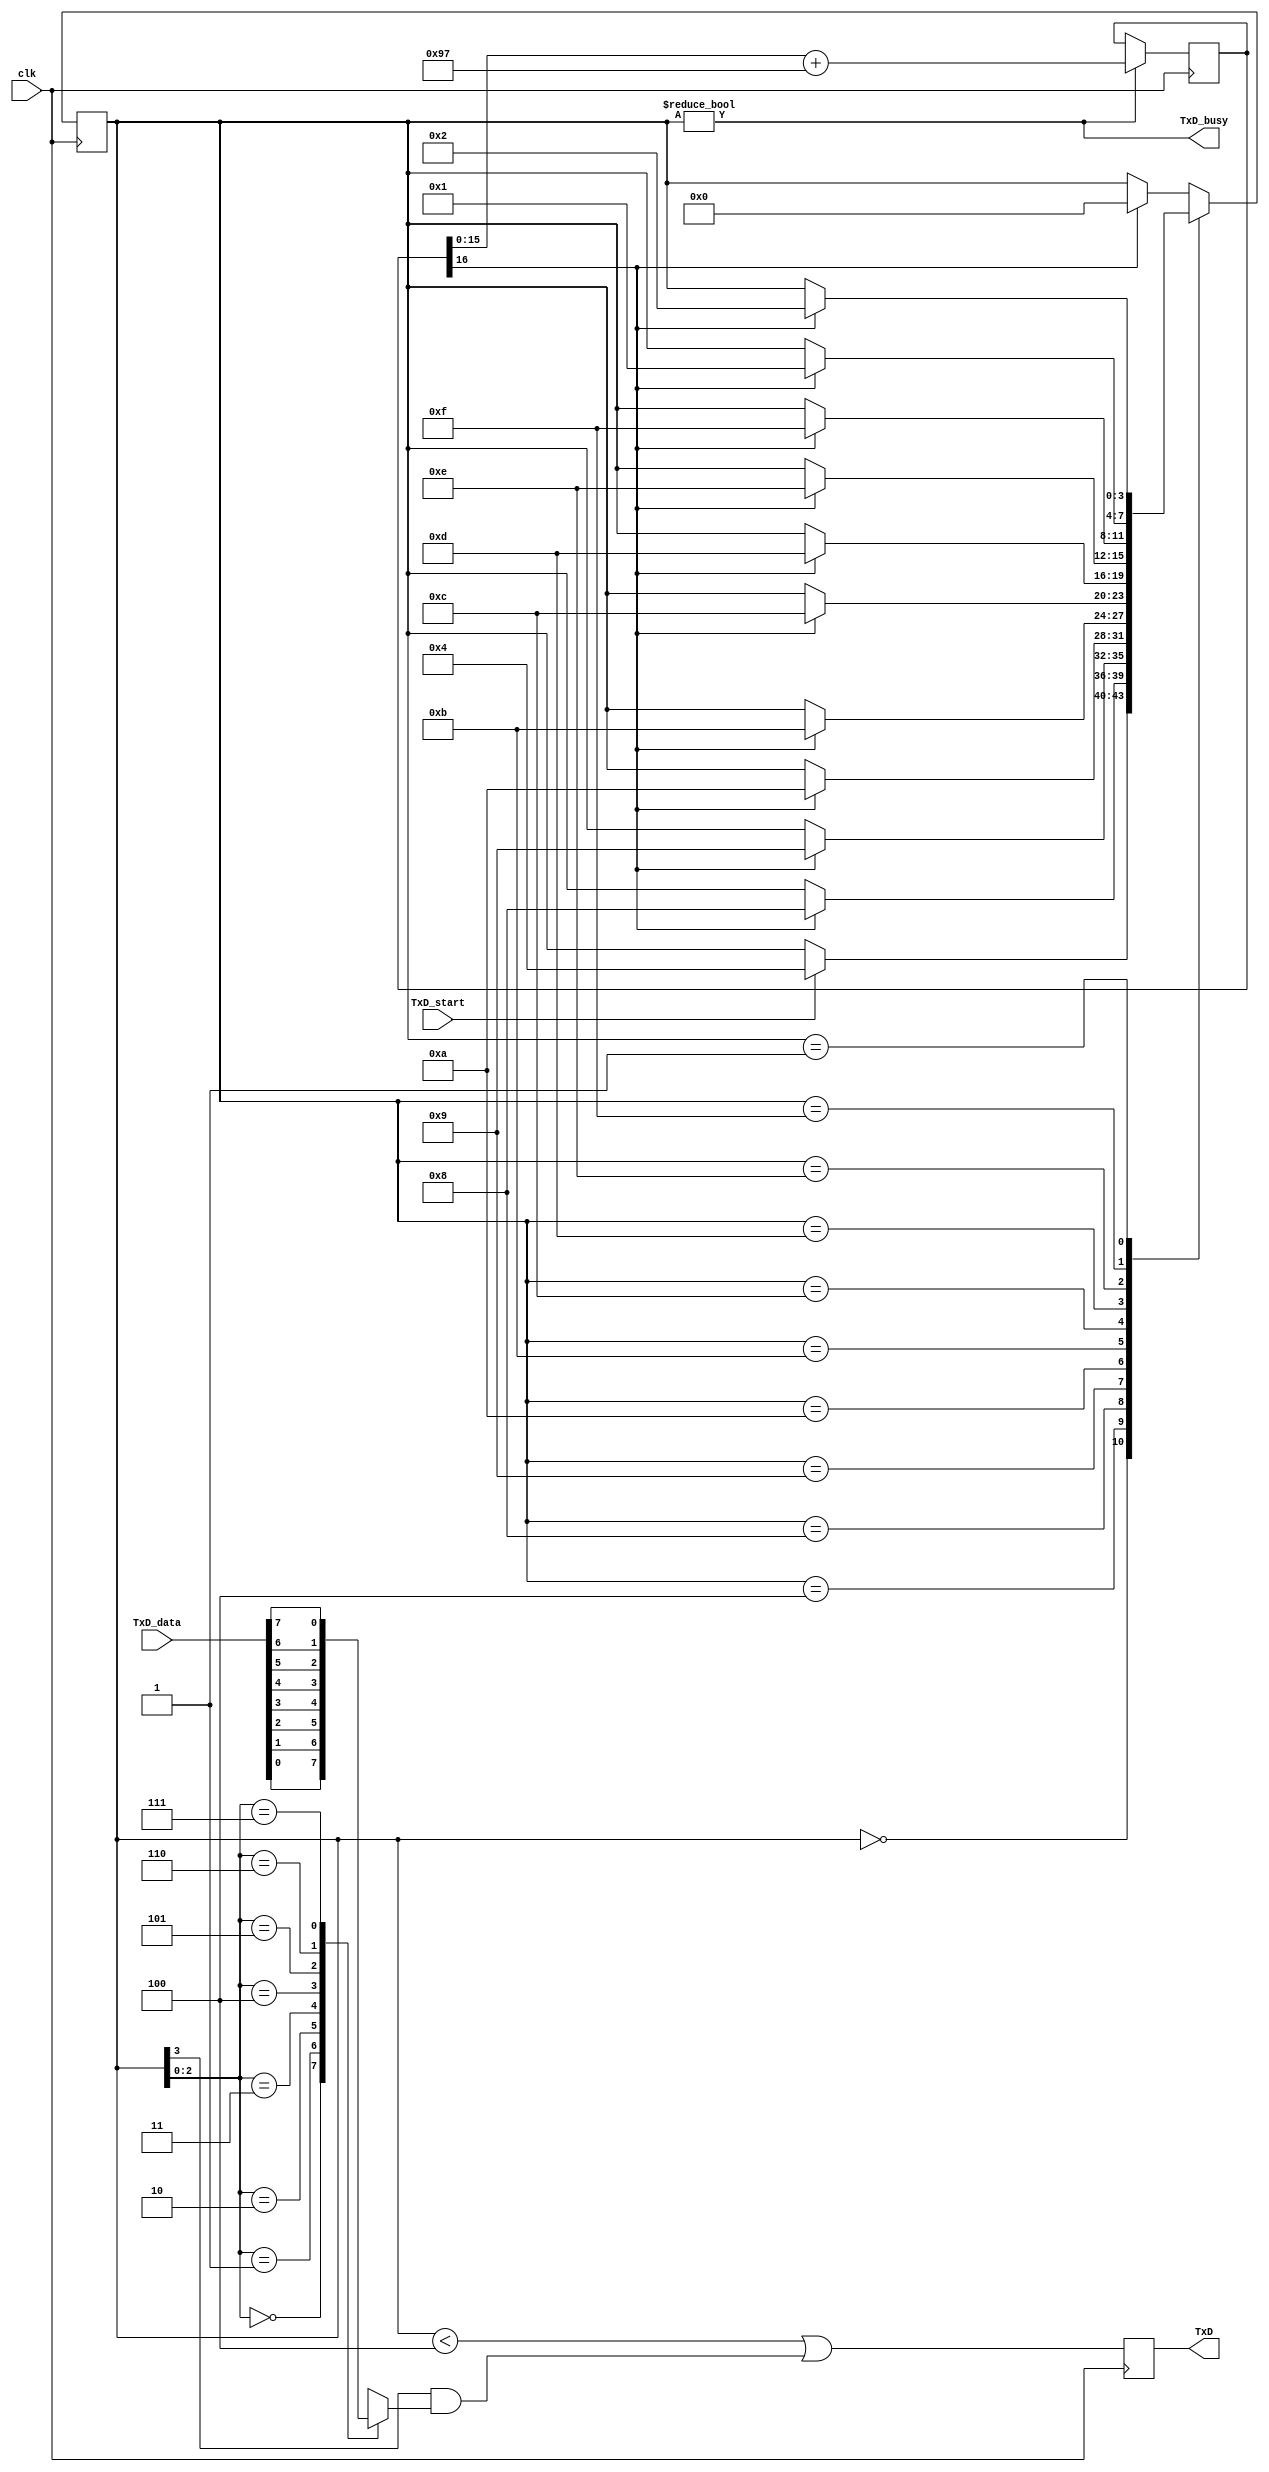
module async_transmitter(clk, TxD_start, TxD_data, TxD, TxD_busy);
input clk, TxD_start;
input [7:0] TxD_data;
output TxD, TxD_busy;

parameter ClkFrequency = 50000000; // 50MHz
//parameter ClkFrequency = 27000000; // 27MHz
parameter Baud = 115200;

// Baud generator
parameter BaudGeneratorAccWidth = 16;
parameter BaudGeneratorInc = ((Baud<<(BaudGeneratorAccWidth-4))+(ClkFrequency>>5))/(ClkFrequency>>4);
reg [BaudGeneratorAccWidth:0] BaudGeneratorAcc;
wire BaudTick = BaudGeneratorAcc[BaudGeneratorAccWidth];
wire TxD_busy;
always @(posedge clk) if(TxD_busy) BaudGeneratorAcc <= BaudGeneratorAcc[BaudGeneratorAccWidth-1:0] + BaudGeneratorInc;

// Transmitter state machine
reg [3:0] state;
assign TxD_busy = (state!=0);

always @(posedge clk)
case(state)
  4'b0000: if(TxD_start) state <= 4'b0100;
  4'b0100: if(BaudTick) state <= 4'b1000;  // start
  4'b1000: if(BaudTick) state <= 4'b1001;  // bit 0
  4'b1001: if(BaudTick) state <= 4'b1010;  // bit 1
  4'b1010: if(BaudTick) state <= 4'b1011;  // bit 2
  4'b1011: if(BaudTick) state <= 4'b1100;  // bit 3
  4'b1100: if(BaudTick) state <= 4'b1101;  // bit 4
  4'b1101: if(BaudTick) state <= 4'b1110;  // bit 5
  4'b1110: if(BaudTick) state <= 4'b1111;  // bit 6
  4'b1111: if(BaudTick) state <= 4'b0001;  // bit 7
  4'b0001: if(BaudTick) state <= 4'b0010;  // stop1
  4'b0010: if(BaudTick) state <= 4'b0000;  // stop2
  default: if(BaudTick) state <= 4'b0000;
endcase

// Output mux
reg muxbit;
always @(state[2:0] or TxD_data)
case(state[2:0])
  0: muxbit <= TxD_data[0];
  1: muxbit <= TxD_data[1];
  2: muxbit <= TxD_data[2];
  3: muxbit <= TxD_data[3];
  4: muxbit <= TxD_data[4];
  5: muxbit <= TxD_data[5];
  6: muxbit <= TxD_data[6];
  7: muxbit <= TxD_data[7];
endcase

// Put together the start, data and stop bits
reg TxD;
always @(posedge clk) TxD <= (state<4) | (state[3] & muxbit);  // register the output to make it glitch free

endmodule